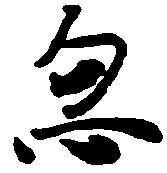
忽